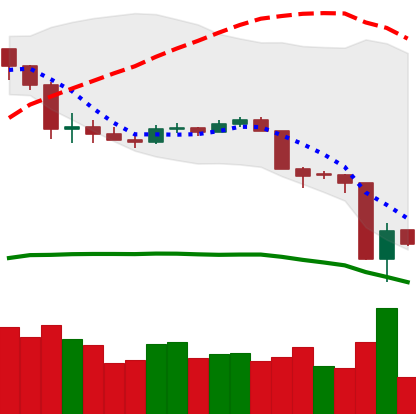
Ticker: LTC-USD
Chart end date: 2020-03-14
Forward return: 13.598%
Label: up_7plus